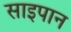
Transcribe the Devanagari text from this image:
साइपान